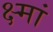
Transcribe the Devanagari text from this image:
क्ष्मां